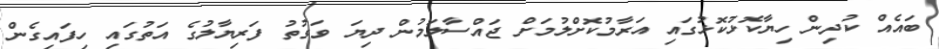
ބައެއް ކުދިން ހިޔާކޮޅުކޮޅުގައި އަރާމުކޮށްލުމަށް ޖައްސާލަމުން ދިޔަ ވަގުތު ފަރިޔާލުގެ އަތުގައި ހިފައިގެން